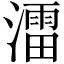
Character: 㵢